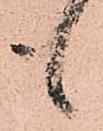
も